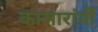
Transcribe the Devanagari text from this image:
कासारांनीं